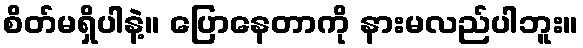
စိတ်မရှိပါနဲ့။ ပြောနေတာကို နားမလည်ပါဘူး။